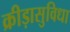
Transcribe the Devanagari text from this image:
क्रीड़ासुविधा